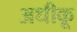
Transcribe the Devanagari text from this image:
अधीकू